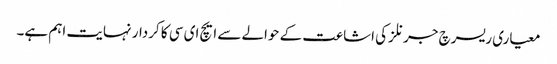
معیاری ریسرچ جرنلز کی اشاعت کے حوالے سے ایچ ای سی کا کردار نہایت اہم ہے۔